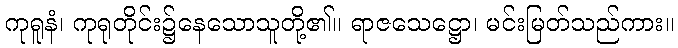
ကုရူနံ၊ ကုရုတိုင်း၌နေသောသူတို့၏။ ရာဇသေဋ္ဌော၊ မင်းမြတ်သည်ကား။